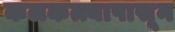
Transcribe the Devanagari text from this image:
कलकत्त्यापासून